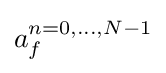
a_{f}^{n=0,\ldots ,N-1}